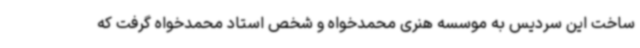
ساخت این سردیس به موسسه هنری محمدخواه و شخص استاد محمدخواه گرفت که